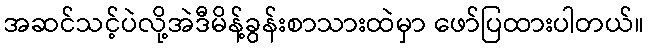
အဆင်သင့်ပဲလို့အဲဒီမိန့်ခွန်းစာသားထဲမှာ ဖော်ပြထားပါတယ်။